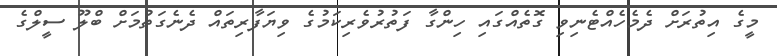
މީގެ އިތުރަށް ދެމެހެއްޓެނިވި ގޮތެއްގައި ހިންގާ ފަތުރުވެރިކަމުގެ ވިޔަފާރިތައް ދެނެގަތުމަށް ބްލޫ ސީލްގެ